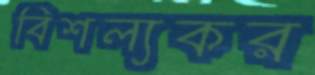
বিশল্যকর